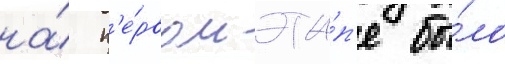
на́ п'е́рвом эта́п'е бы́ло